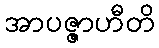
အာပဇ္ဇာဟီတိ